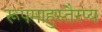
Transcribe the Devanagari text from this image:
रूपमाहुस्तैरप्य